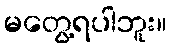
မတွေ့ရပါဘူး။